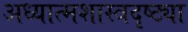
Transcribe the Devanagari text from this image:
अध्यात्मशास्त्रदृष्ट्या